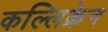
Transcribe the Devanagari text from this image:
कल्लिक्रेन